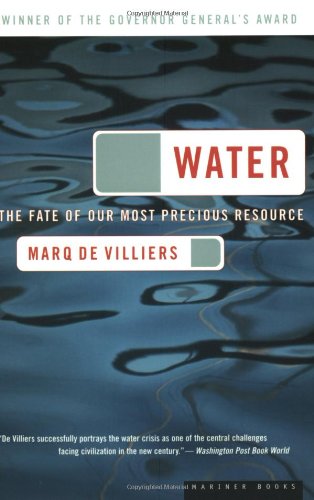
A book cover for Water: The Fate of Our Most Precious Resource; Marq de Villiers; Science & Math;